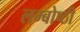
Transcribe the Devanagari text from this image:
लम्बोष्ठी